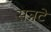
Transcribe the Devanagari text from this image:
सन्नटे